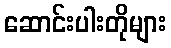
ဆောင်းပါးတိုများ